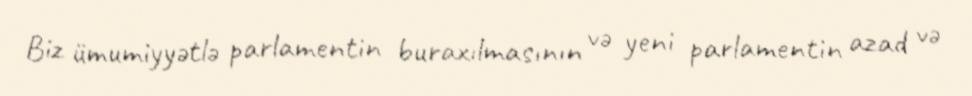
Biz ümumiyyətlə parlamentin buraxılmasının və yeni parlamentin azad və